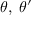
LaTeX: \theta , \; \theta ^ { \prime }